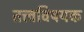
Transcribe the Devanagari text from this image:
तत्त्वविषयक